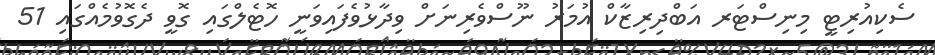
ސެކިއުރިޓީ މިނިސްޓަރ އަބްދިރިޒާކް އުމަރު ނޫސްވެރިނަށް ވިދާޅުވެފައިވަނީ ހޮޓެލްގައި ގޮވީ ދެގޮވުމެއްގައި 51